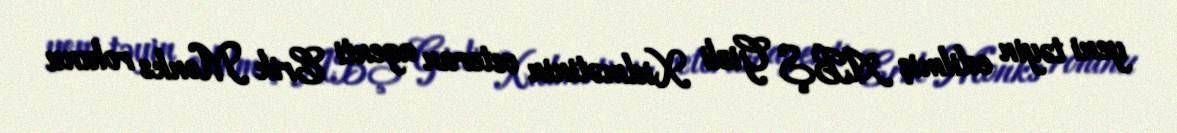
yeni təyin edilmiş ABŞ Gizli Xidmətinin veteran agenti Erik Monks rolunu